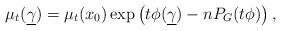
LaTeX: \begin{align*}\mu_t(\underline{\gamma}) = \mu_t(x_0) \exp\left(t\phi(\underline{\gamma})-nP_G(t \phi)\right),\end{align*}